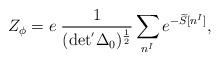
LaTeX: \begin{align*}Z_{\phi}=e \; \frac{1}{ (\rm det^{'}\Delta_{0})^{ \frac{1}{2} }}\sum_{n^{I} } e^{-\widetilde{S}[n^{I}]},\end{align*}